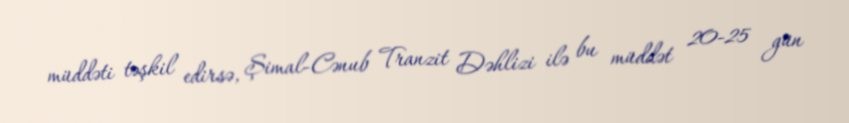
müddəti təşkil edirsə, Şimal-Cənub Tranzit Dəhlizi ilə bu müddət 20-25 gün